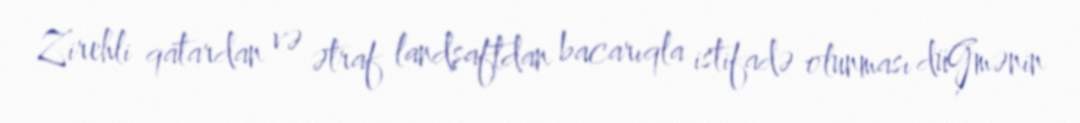
Zirehli qatardan və ətraf landşaftdan bacarıqla istifadə olunması düĢmənin